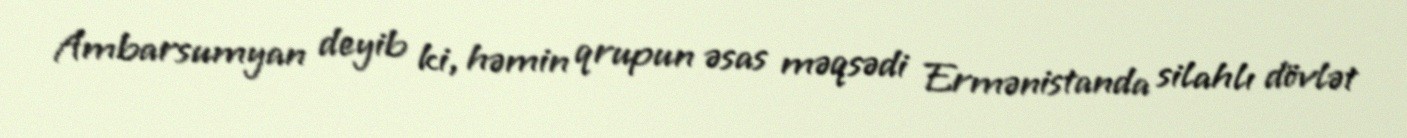
Ambarsumyan deyib ki, həmin qrupun əsas məqsədi Ermənistanda silahlı dövlət